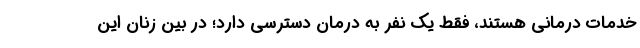
خدمات درمانی هستند، فقط یک نفر به درمان دسترسی دارد؛ در بین زنان این